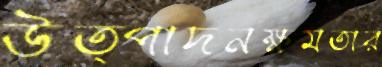
উত্পাদনক্ষমতার